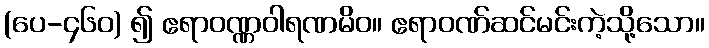
(ပေ-၄၆၀) ၍ ဧရာဝဏ္ဏဝါရဏမိဝ။ ဧရာဝဏ်ဆင်မင်းကဲ့သို့သော။